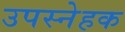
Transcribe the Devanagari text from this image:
उपस्नेहक